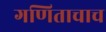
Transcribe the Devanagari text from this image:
गणिताचाच